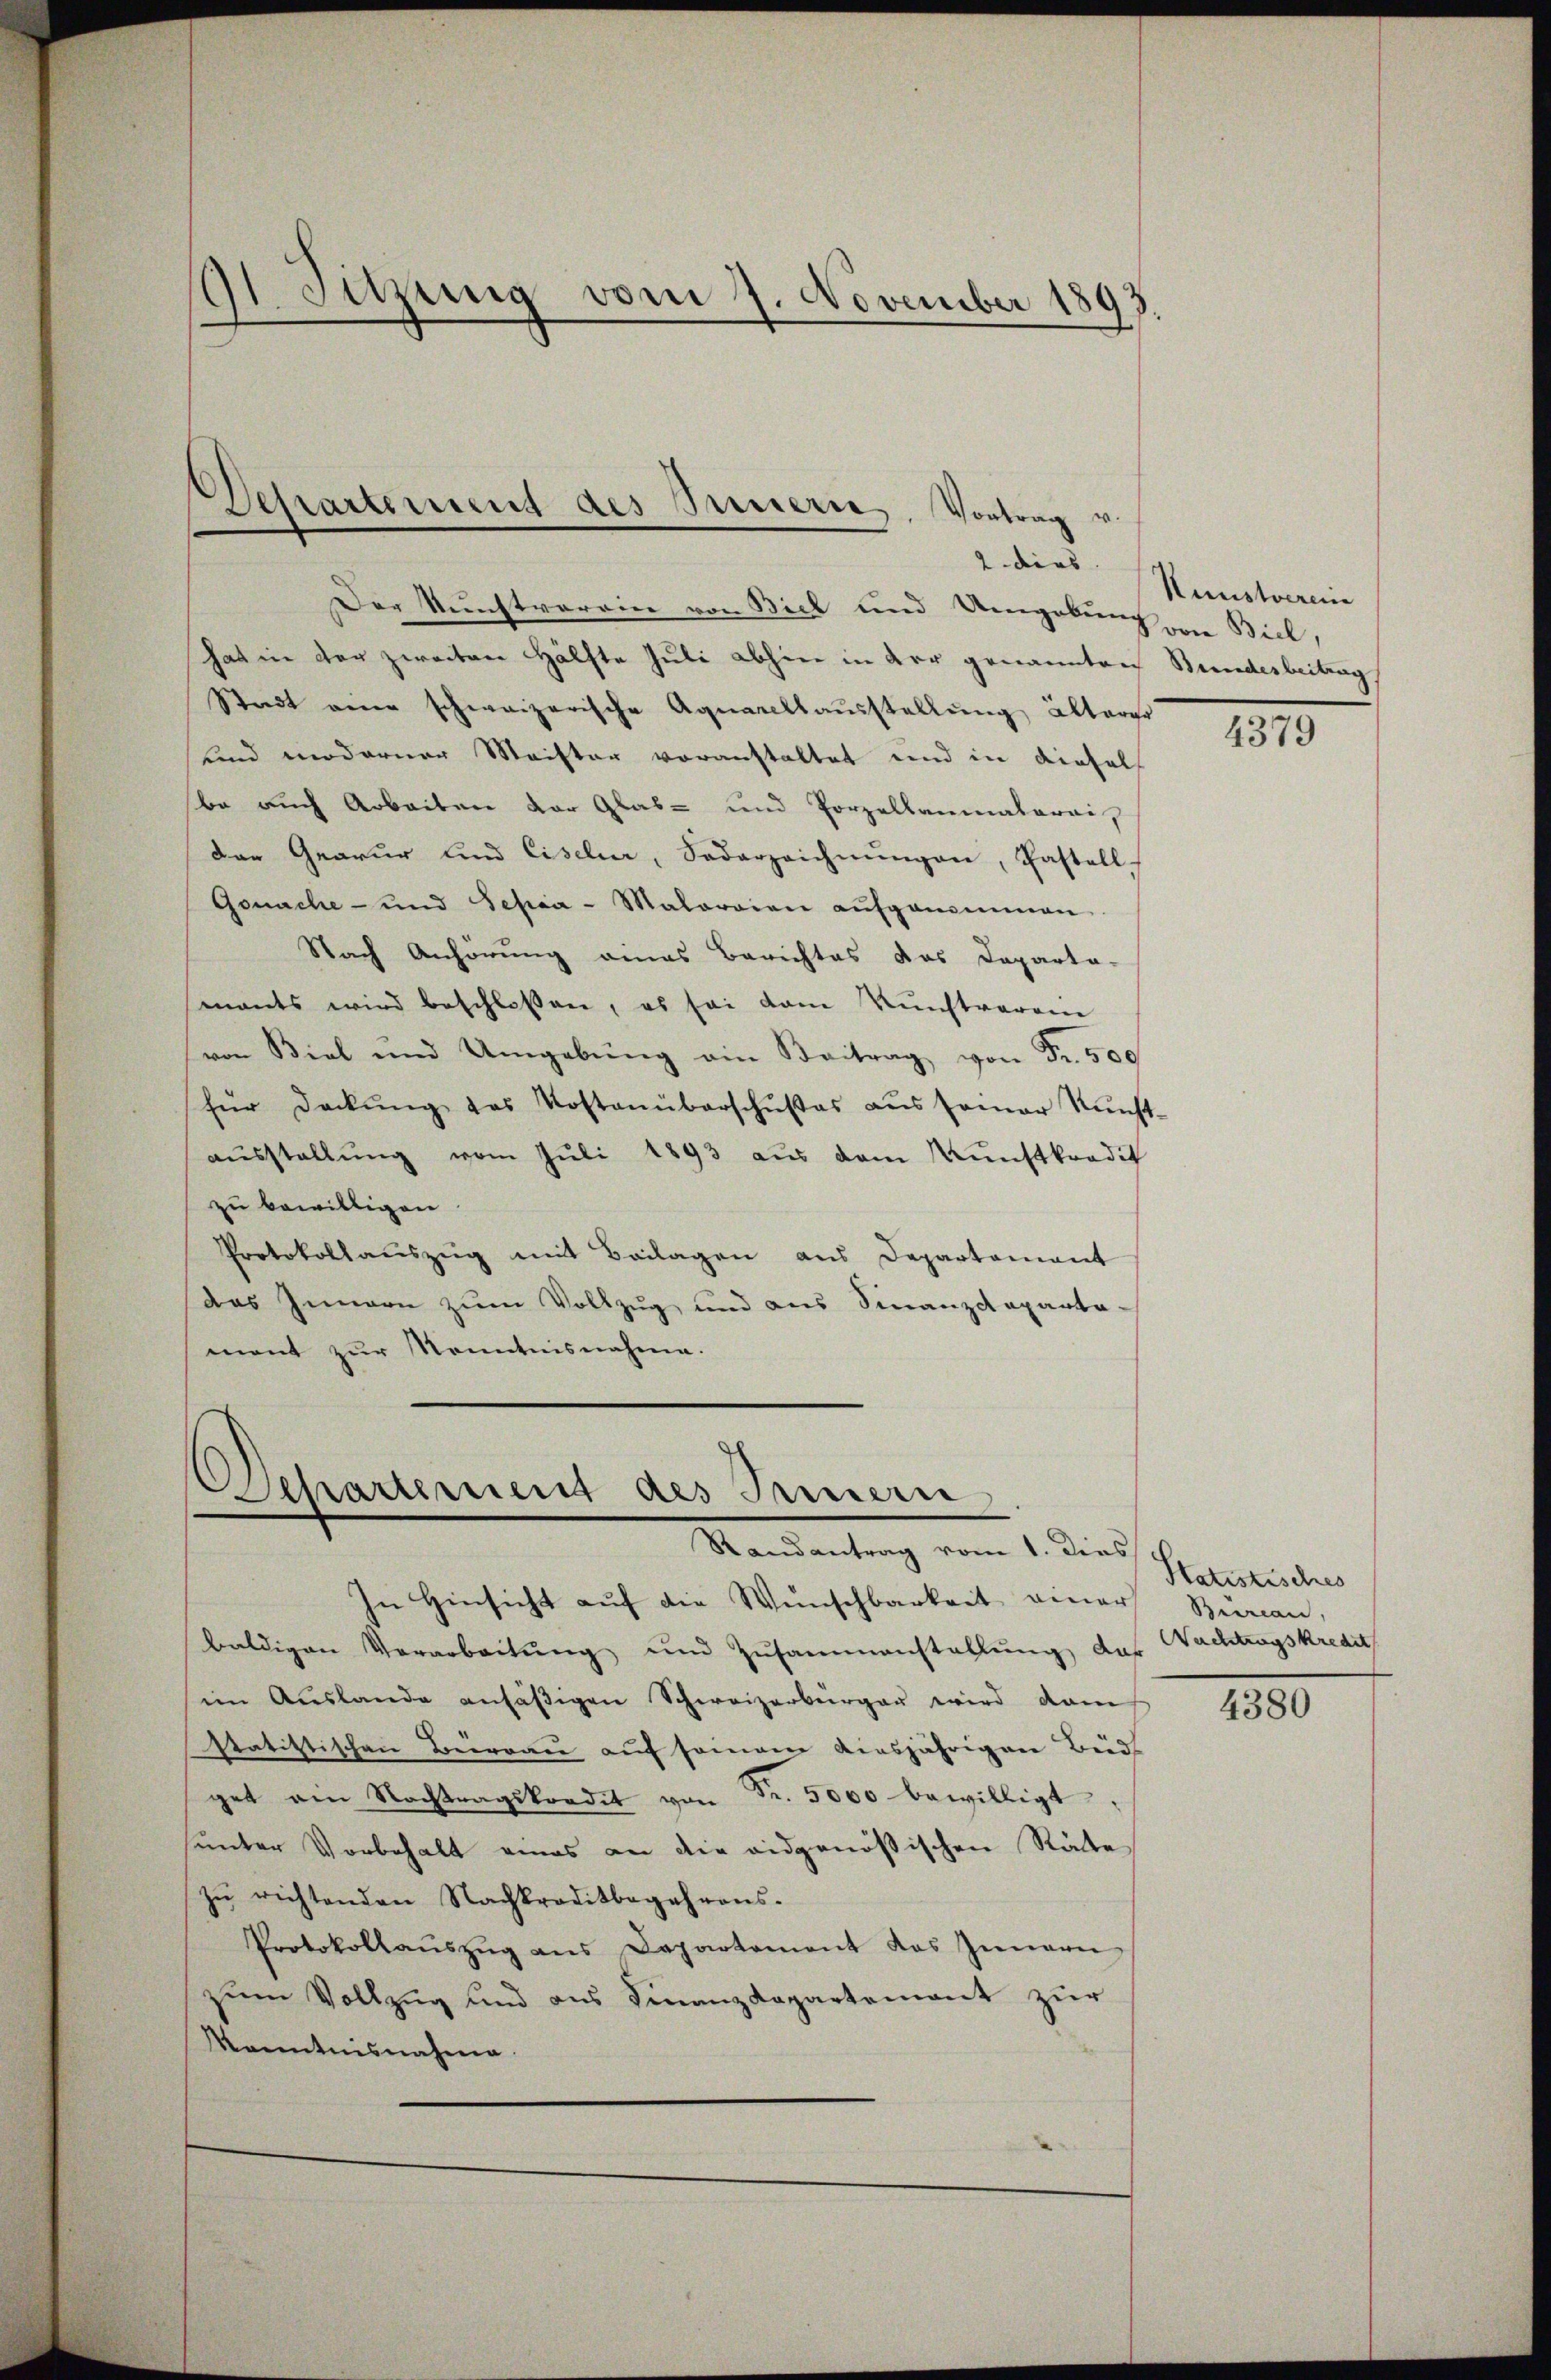
Der Kunstvorrin von Biel und Umgebung von Biel,
hat in der zweiten Hälfte Juli abhin in der genannten Bundesbeitung
Stadt eine schweizerische Aquarellaŭsstellung älterer
und moderner Meister voranstaltet und in diesel
ba auch Arbeiten der Glas- und Porzellaumatorei,
Der Gearur und Ciseler, Soderzeichnŭngen, Pastell
Gonache- und Schra-Maloraien aŭfgenommen
Nach Anhörung eines Berichtes das Departa-
mants wird beschlossen, es sei dem Kunstveraie
von Biel und Umgebŭng ein Beitrag von Fr. 500
für deckŭng das Kostenüberschŭβas aŭs seiner Nŭnst-
aŭsstellŭng vom Juli 1893 aus dem Kunstkradit
zu bewilligen
Protokollauszug mit Beilagen aus Departament
das Innern zum Vollzug und aus Finanzdeparta-
ment zur Kenntnisnahme.

41. Sitzung vom 7. November 1893.

Departement des Innern. Vortrag v.
2. dies |

Departement des Innern
Randantrag vom 1. dies

In Hinsicht auf die Wünschbarkeit einer Zurian,
baldigen Vorarbeitung und Zusammenstellung das Wachtragskredit
imn Aŭslande ansäβigen Schweizerbürger wird dam
statistischen Beirrau auf seinem ainsjährigen Beid
get ain Nachtragskredit von Fr. 5000 bewilligt
sunter Vorbehalt eines an die eidgenößischen Räte
zŭ richtenden Nachkraditbegehrens.
Protokollaŭszŭg ans Departement das Innern
zum Vollzug und aus Finanzdepartement zur
Kanntnisnahme.

Kunstverein

4379

Statistisches

4380